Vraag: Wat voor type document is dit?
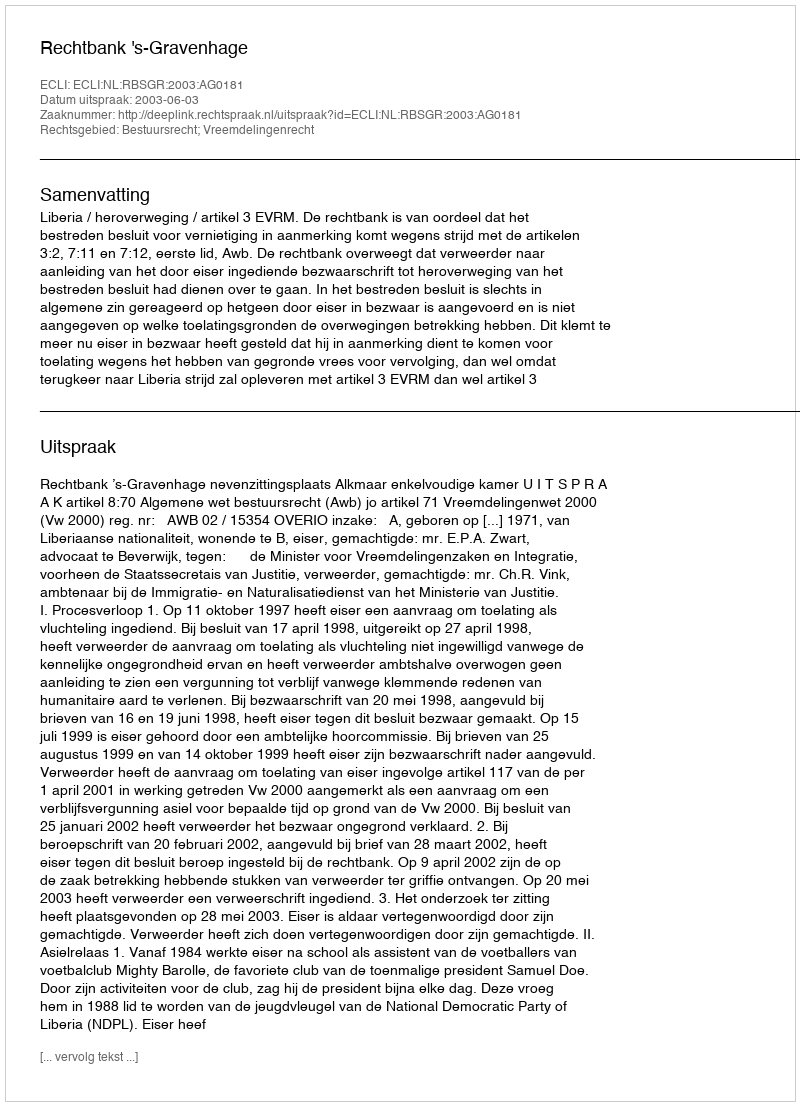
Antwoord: Uitspraak